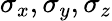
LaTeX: \sigma_{x},\sigma_{y},\sigma_{z}